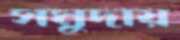
সমুদায়